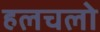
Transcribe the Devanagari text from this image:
हलचलो